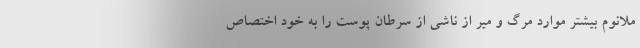
ملانوم بیشتر موارد مرگ و میر از ناشی از سرطان پوست را به خود اختصاص